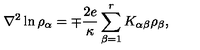
{ \nabla } ^ { 2 } \ln { { \rho } _ { \alpha } } = \mp { \frac { 2 e } { \kappa } } \sum _ { \beta = 1 } ^ { r } K _ { \alpha \beta } { \rho } _ { \beta } ,